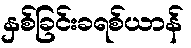
နှစ်ခြင်းခရစ်ယာန်